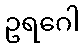
ဥရဂေါ